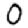
Digit: 0